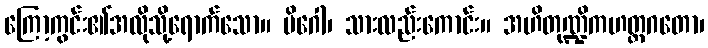
ကြော့ကွင်း၏အလိုသို့ရောက်သော။ မိဂေါ၊ သားလည်းကောင်း။ အဟိတုဏ္ဍိကဟတ္ထဂတော၊